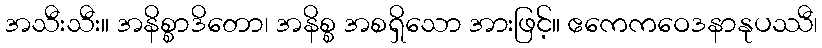
အသီးသီး။ အနိစ္စာဒိတော၊ အနိစ္စ အစရှိသော အားဖြင့်။ ဧကေကဝေဒနာနုပဿီ၊